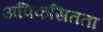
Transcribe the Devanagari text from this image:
अविकसितता